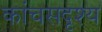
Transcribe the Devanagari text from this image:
कांचसदृश्य